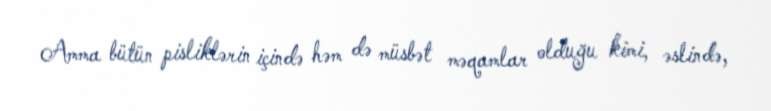
Amma bütün pisliklərin içində həm də müsbət məqamlar olduğu kimi, əslində,